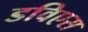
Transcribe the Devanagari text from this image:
डविएस